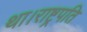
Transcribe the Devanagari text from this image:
था।राष्ट्रपति